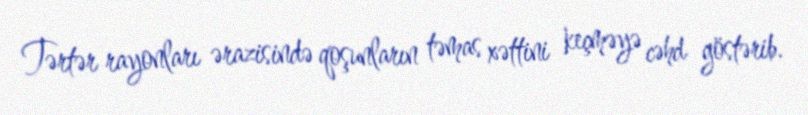
Tərtər rayonları ərazisində qoşunların təmas xəttini keçməyə cəhd göstərib.